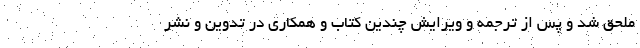
ملحق شد و پس از ترجمه و ویرایش چندین کتاب و همکاری در تدوین و نشر